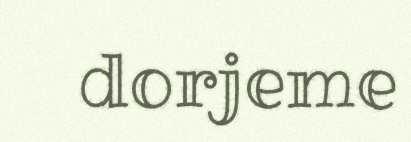
dorjeme